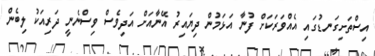
އިސްތަށިގަނޑުގައި އެއްވަރަކަށް ފުނާ އަޅަމުން ދިޔައިރު އޭނާއަށް އަދިވެސް ވިސްނެނީ ދަރިއަކު ލިބެން